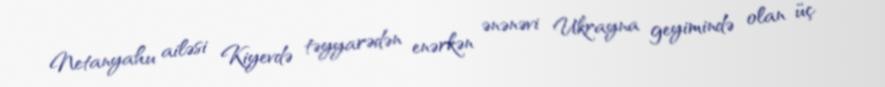
Netanyahu ailəsi Kiyevdə təyyarədən enərkən ənənəvi Ukrayna geyimində olan üç